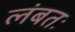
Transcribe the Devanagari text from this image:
लंबतः